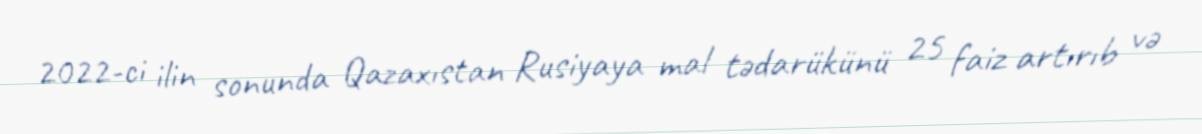
2022-ci ilin sonunda Qazaxıstan Rusiyaya mal tədarükünü 25 faiz artırıb və